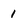
Character: 1